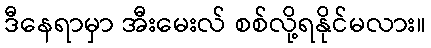
ဒီနေရာမှာ အီးမေးလ် စစ်လို့ရနိုင်မလား။